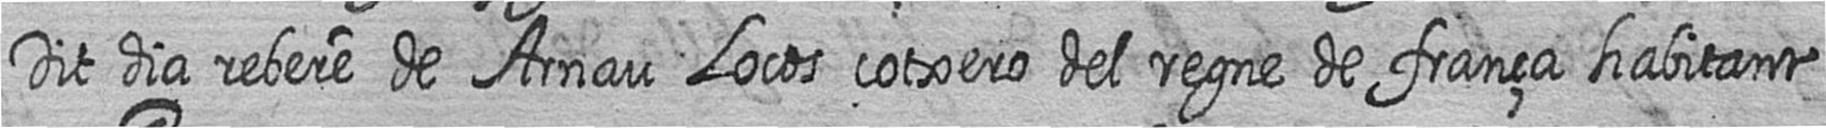
Dit dia rebere de Arnau Locos cotxero del regne de frança habitant